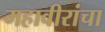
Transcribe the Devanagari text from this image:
महावीरांचा